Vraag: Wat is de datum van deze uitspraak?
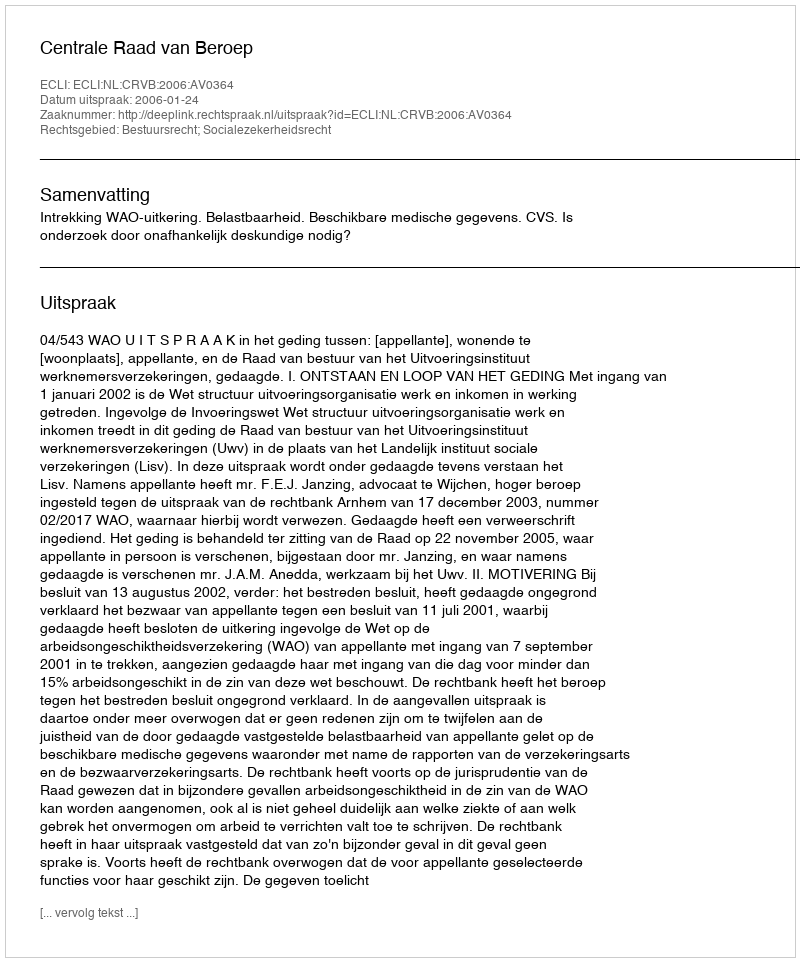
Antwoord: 2006-01-24